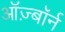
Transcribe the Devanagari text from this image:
ऑज़्बॉर्न